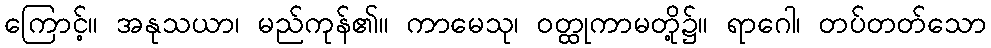
ကြောင့်။ အနုသယာ၊ မည်ကုန်၏။ ကာမေသု၊ ဝတ္ထုကာမတို့၌။ ရာဂေါ၊ တပ်တတ်သော